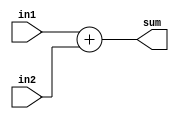
module DW01_add_oper(in1,in2,sum);
  parameter wordlength = 8;

  input [wordlength-1:0] in1,in2;
  output [wordlength-1:0] sum;

  assign  sum = in1 + in2;
endmodule